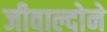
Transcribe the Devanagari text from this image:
जीवाल्दोने